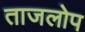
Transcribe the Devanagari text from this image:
ताजलोप